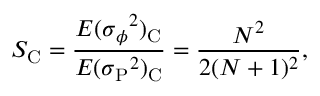
S _ { \mathrm C } = { \frac { E ( \sigma { _ \phi } ^ { 2 } ) _ { \mathrm C } } { E ( \sigma { _ { \mathrm P } } ^ { 2 } ) _ { \mathrm C } } } = { \frac { N ^ { 2 } } { 2 ( N + 1 ) ^ { 2 } } } ,